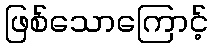
ဖြစ်သောကြောင့်